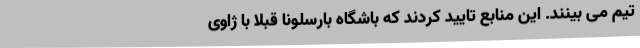
تیم می‌ بینند. این منابع تایید کردند که باشگاه بارسلونا قبلاً با ژاوی